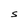
Character: S